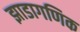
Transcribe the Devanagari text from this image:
झाडागणिक